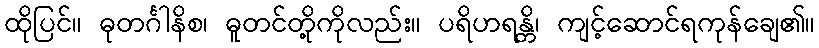
ထိုပြင်။ ဓုတင်္ဂါနိစ၊ ဓူတင်တို့ကိုလည်း။ ပရိဟရန္တိ၊ ကျင့်ဆောင်ရကုန်ချေ၏။